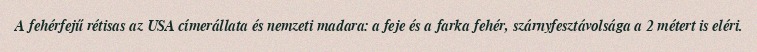
A fehérfejű rétisas az USA címerállata és nemzeti madara: a feje és a farka fehér, szárnyfesztávolsága a 2 métert is eléri.